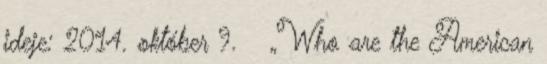
ideje: 2014. október 9. ↑ „Who are the American